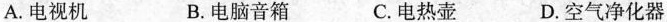
A.电视机 B.电脑音箱 C.电热壶 D.空气净化器